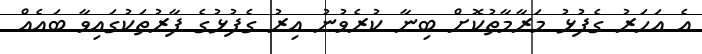
އެ އަހަރު ގެފުޅު މަރާމާތުކޮށް ބިނާ ކުރެވުނު އިރު ގެފުޅުގެ ފާރުތަކުގައިވާ ބައެއް